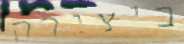
ביצירה